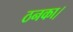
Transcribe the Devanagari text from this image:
ठनका।